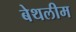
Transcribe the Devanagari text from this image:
बेथलीम